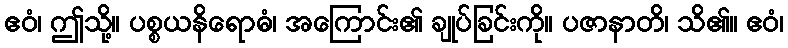
ဧဝံ၊ ဤသို့။ ပစ္စယနိရောဓံ၊ အကြောင်း၏ ချုပ်ခြင်းကို။ ပဇာနာတိ၊ သိ၏။ ဧဝံ၊